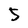
Character: 5